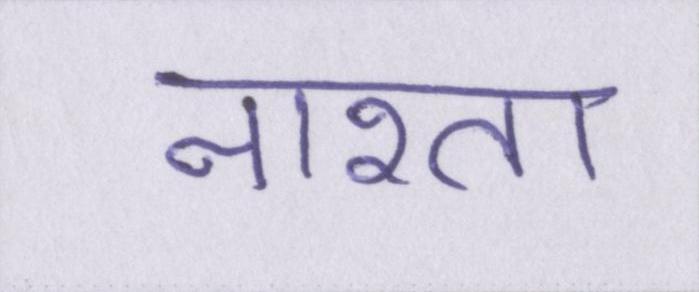
नाश्ता